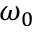
\omega _ { 0 }